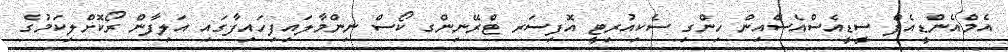
އެމްއެންޑީއެފް ސީޑީއެސްއެސްއިން ހިންގި ސެކިއުރިޓީ އޮފިސަރ ޓްރޭނިންގ ކޯސް ނިންމާލައިފިހައިފާގައި އަލިފާން ރޯކޮށްލިކަމުގެ